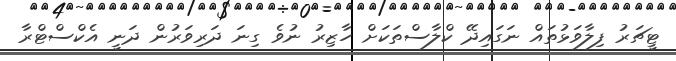
ޓީޗަރު ފިލާވަޅުތައް ނަގައިދޭ ކްލާސްތަކަށް ހާޒިރު ނުވެ ގިނަ ދަރިވަރުން ދަނީ އެކްސްޓްރާ